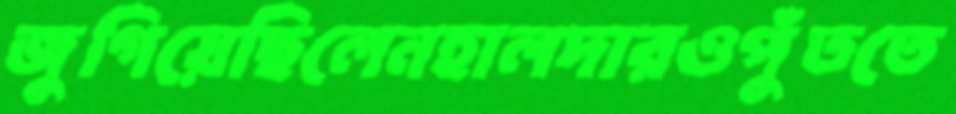
জুগিয়েছিলেনহালদারওপুঁততে